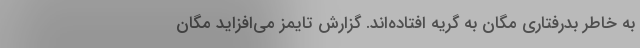
به خاطر بدرفتاری مگان به گریه افتاده‌اند. گزارش تایمز می‌افزاید مگان